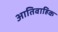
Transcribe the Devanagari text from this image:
आतिवाहिक